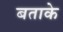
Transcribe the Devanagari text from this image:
बताके